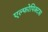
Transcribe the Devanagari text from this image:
एल्फोपिक्टस